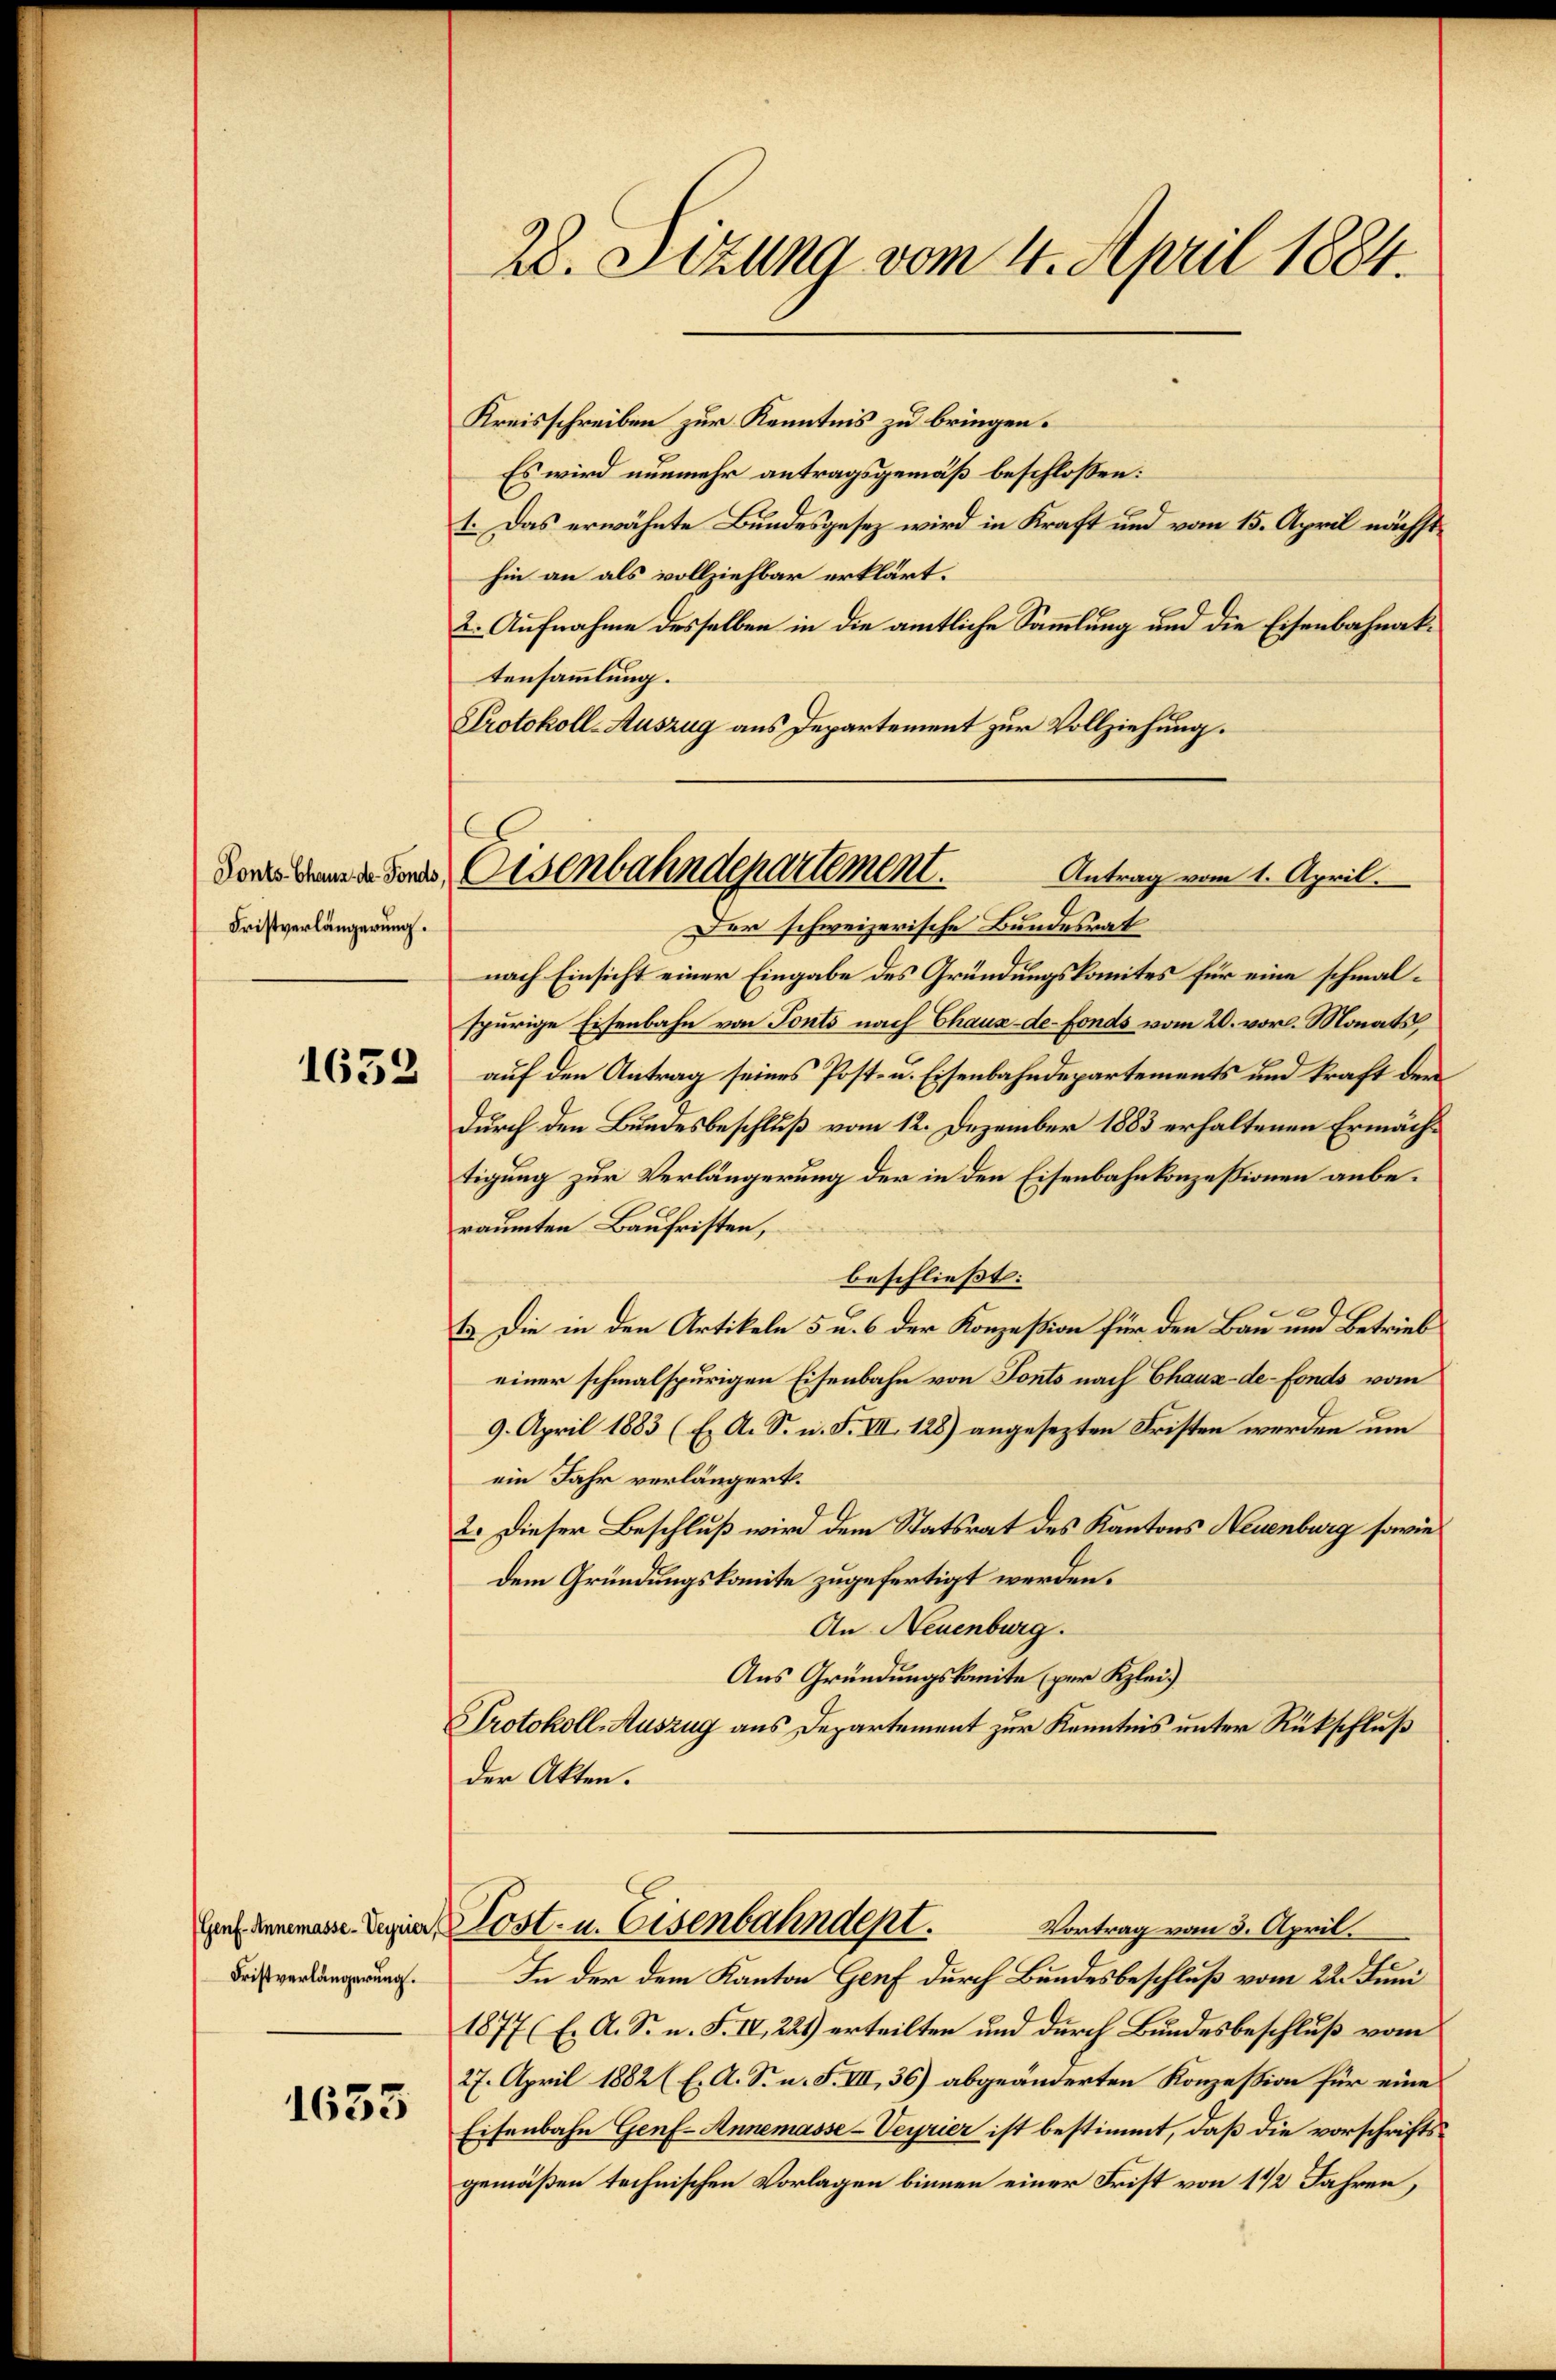
Ponts-Chaus der Fonds,
Fristverlängerung.
1632

Genf. Annemasse-Veyrier,
Fristverlängerung.

1635

Kreisschreiben zur Kenntnis zu bringen.
Es wird nunmehr antragsgemäß beschlossen:
1. Das erwähnte Bundesgesetz wird in Kraft und vom 15. April nächsthin an als vollziehbar erklärt.
2. Aufnahme desselben in die amtliche Sammlung und die Eisenbahnaktensammlung.
Protokoll-Auszug aus Departement zur Vollziehung.

28. Sezung vom 4. April 1884.

Eisenbahndepartement.
Antrag vom 1. April.

Der schweizerische Bundesrat
nach Einsicht einer Eingabe des Gründungskomites für eine schmalspurige Eisenbahn von Tonts nach Chaux-de-Fonds vom 20. vor. Monats
auf den Antrag seines Post- u. Eisenbahndepartements und kraft der
durch den Bundesbeschluß vom 12. Dezember 1883 erhaltenen Ermächtigung zur Verlängerung der in den Eisenbahnkonzessionen anberäumten Baufristen,
beschließt:
0
B. Die in den Artikeln 5 u. 6 der Konzession für den Bau und Betrieb
einer schmalspurigen Eisenbahn von Tonts nach Chaux-de-Fonds vom
9. April 1883 (E A. S. n. F. VII. 128) angesezten Fristen werden um
ein Jahr verlängert.
2. Dieser Beschluß wird dem Statsrat des Kantons Neuenburg sowie
dem Gründungskomite zugefertigt werden.
An Neuenburg.
Aus Gründungskomite per Klei
Protokoll-Auszug aus Departement zur Kenntnis unter Rückschluß
der Akten.
Lost- u. Eisenbahndept.
Vortrag vom 3. April.
In der dem Kanton Genf durch Bundesbeschluß vom 22. Juni
1877 (E. A. Sr. n. F. IV, 221) erteilten und durch Bundesbeschluß vom
27. April 1882 (E. A. S. n. F. VIII, 36) abgeänderten Konzession für eine
Eisenbahn Genf Annemasse-Veyrier ist bestimmt, daß die vorschriftsgemäßen technischen Vorlagen binnen einer Frist von 1 1/2 Jahren,